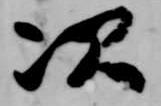
次